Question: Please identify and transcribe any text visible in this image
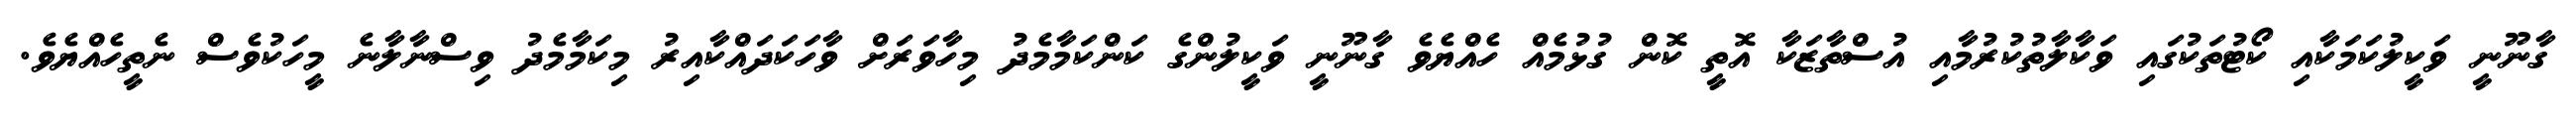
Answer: ގާނޫނީ ވަކީލުކަމަކާއި ކޯޓުތަކުގައި ވަކާލާތުކުރުމާއި އުސްތާޒަކާ އޮތީ ކޮން ގުޅުމެއް ހެއްޔެވެ ގާނޫނީ ވަކީލުންގެ ކަންކަމާމެދު މިހާވަރަށް ވާހަކަދައްކާއިރު މިކަމާމެދު ވިސްނާލާނެ މީހަކުވެސް ނެތީހެއްޔެވެ.